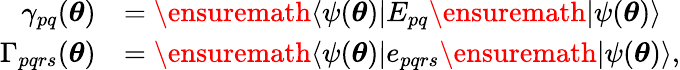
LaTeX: \begin{array}{rl}{\gamma_{pq}({\boldsymbol{\theta}})}&{=\ensuremath{\langle{\psi({\boldsymbol{\theta}})}\rvert}E_{pq}\ensuremath{\lvert{\psi({\boldsymbol{\theta}})}\rangle}}\\ {\Gamma_{pqrs}({\boldsymbol{\theta}})}&{=\ensuremath{\langle{\psi({\boldsymbol{\theta}})}\rvert}e_{pqrs}\ensuremath{\lvert{\psi({\boldsymbol{\theta}})}\rangle},}\end{array}